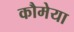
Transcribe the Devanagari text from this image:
कौमेया